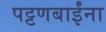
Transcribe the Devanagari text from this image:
पट्टणबाईंना